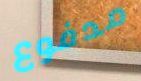
مدفوع